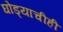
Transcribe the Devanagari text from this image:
घोड्याचीही